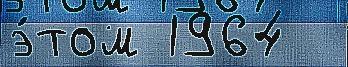
э́том 1964